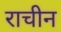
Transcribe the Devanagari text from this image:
राचीन